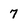
Character: 7